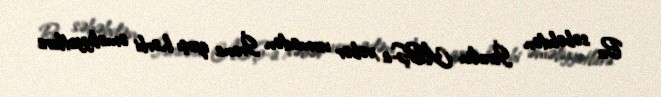
Bu səbəbdən İsrailin ABŞ-a xəbər vermədən İrana qarşı hərbi əməliyyatlara